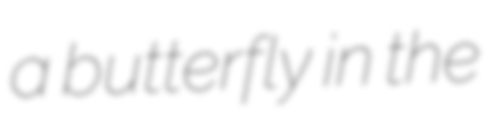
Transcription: a butterfly in the